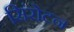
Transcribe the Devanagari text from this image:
सिंरोटन